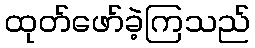
ထုတ်ဖော်ခဲ့ကြသည်